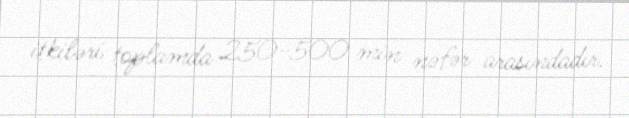
itkiləri toplamda 250-500 min nəfər arasındadır.